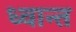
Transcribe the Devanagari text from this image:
ध्वान्त